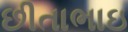
છીતાભાઇ